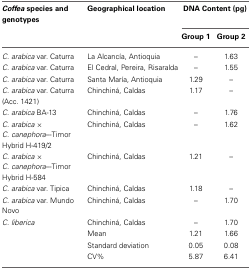
<table><thead><tr><td><b><i>Coffea</i> species and genotypes</b></td><td><b>Geographical location</b></td><td colspan="2"><b>DNA Content (pg)</b></td></tr><tr><td></td><td></td><td><b>Group 1</b></td><td><b>Group 2</b></td></tr></thead><tbody><tr><td><i>C. arabica</i> var. Caturra</td><td>La Alcancía, Antioquia</td><td>–</td><td>1.63</td></tr><tr><td><i>C. arabica</i> var. Caturra</td><td>El Cedral, Pereira, Risaralda</td><td>–</td><td>1.55</td></tr><tr><td><i>C. arabica</i> var. Caturra</td><td>Santa María, Antioquia</td><td>1.29</td><td>–</td></tr><tr><td><i>C. arabica</i> var. Caturra (Acc. 1421)</td><td>Chinchiná, Caldas</td><td>1.17</td><td>–</td></tr><tr><td><i>C. arabica</i> BA-13</td><td>Chinchiná, Caldas</td><td>–</td><td>1.76</td></tr><tr><td><i>C. arabica × C. canephora</i>–-Timor Hybrid H-419/2</td><td>Chinchiná, Caldas</td><td>–</td><td>1.62</td></tr><tr><td><i>C. arabica × C. canephora</i>–-Timor Hybrid H-584</td><td>Chinchiná, Caldas</td><td>1.21</td><td>–</td></tr><tr><td><i>C. arabica</i> var. Tipica</td><td>Chinchiná, Caldas</td><td>1.18</td><td>–</td></tr><tr><td><i>C. arabica</i> var. Mundo Novo</td><td>Chinchiná, Caldas</td><td>–</td><td>1.70</td></tr><tr><td><i>C. liberica</i></td><td>Chinchiná, Caldas</td><td>–</td><td>1.70</td></tr><tr><td></td><td>Mean</td><td>1.21</td><td>1.66</td></tr><tr><td></td><td>Standard deviation</td><td>0.05</td><td>0.08</td></tr><tr><td></td><td>CV%</td><td>5.87</td><td>6.41</td></tr></tbody></table>